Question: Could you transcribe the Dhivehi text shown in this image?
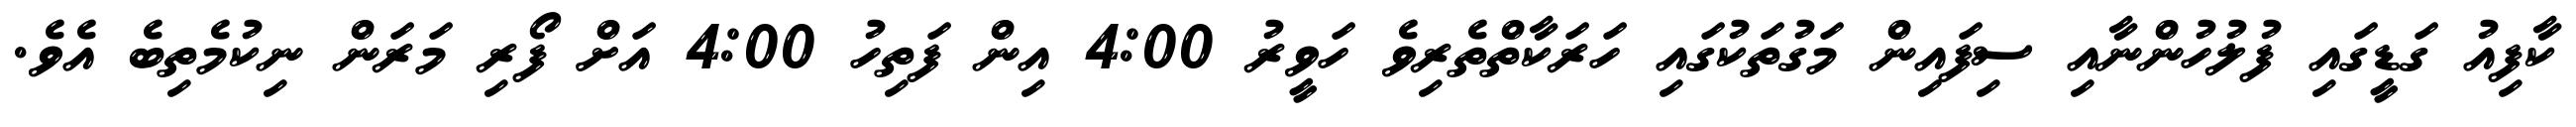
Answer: ކާފިއު ގަޑީގައި ފުލުހުންނާއި ސިފައިން މަގުތަކުގައި ހަރަކާތްތެރިވެ ހަވީރު 4:00 އިން ފަތިހު 4:00 އަށް ފޯރި މަރަން ނިކުމެތިބެ އެވެ.